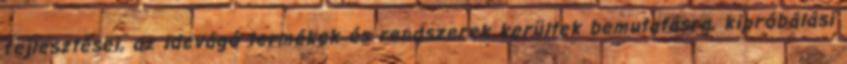
fejlesztései, az idevágó termékek és rendszerek kerültek bemutatásra, kipróbálási